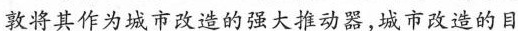
敦将其作为城市改造的强大推动器，城市改造的目